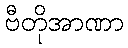
ဗီတိုအာဏာ